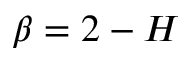
\beta = 2 - H